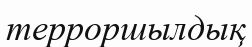
терроршылдық